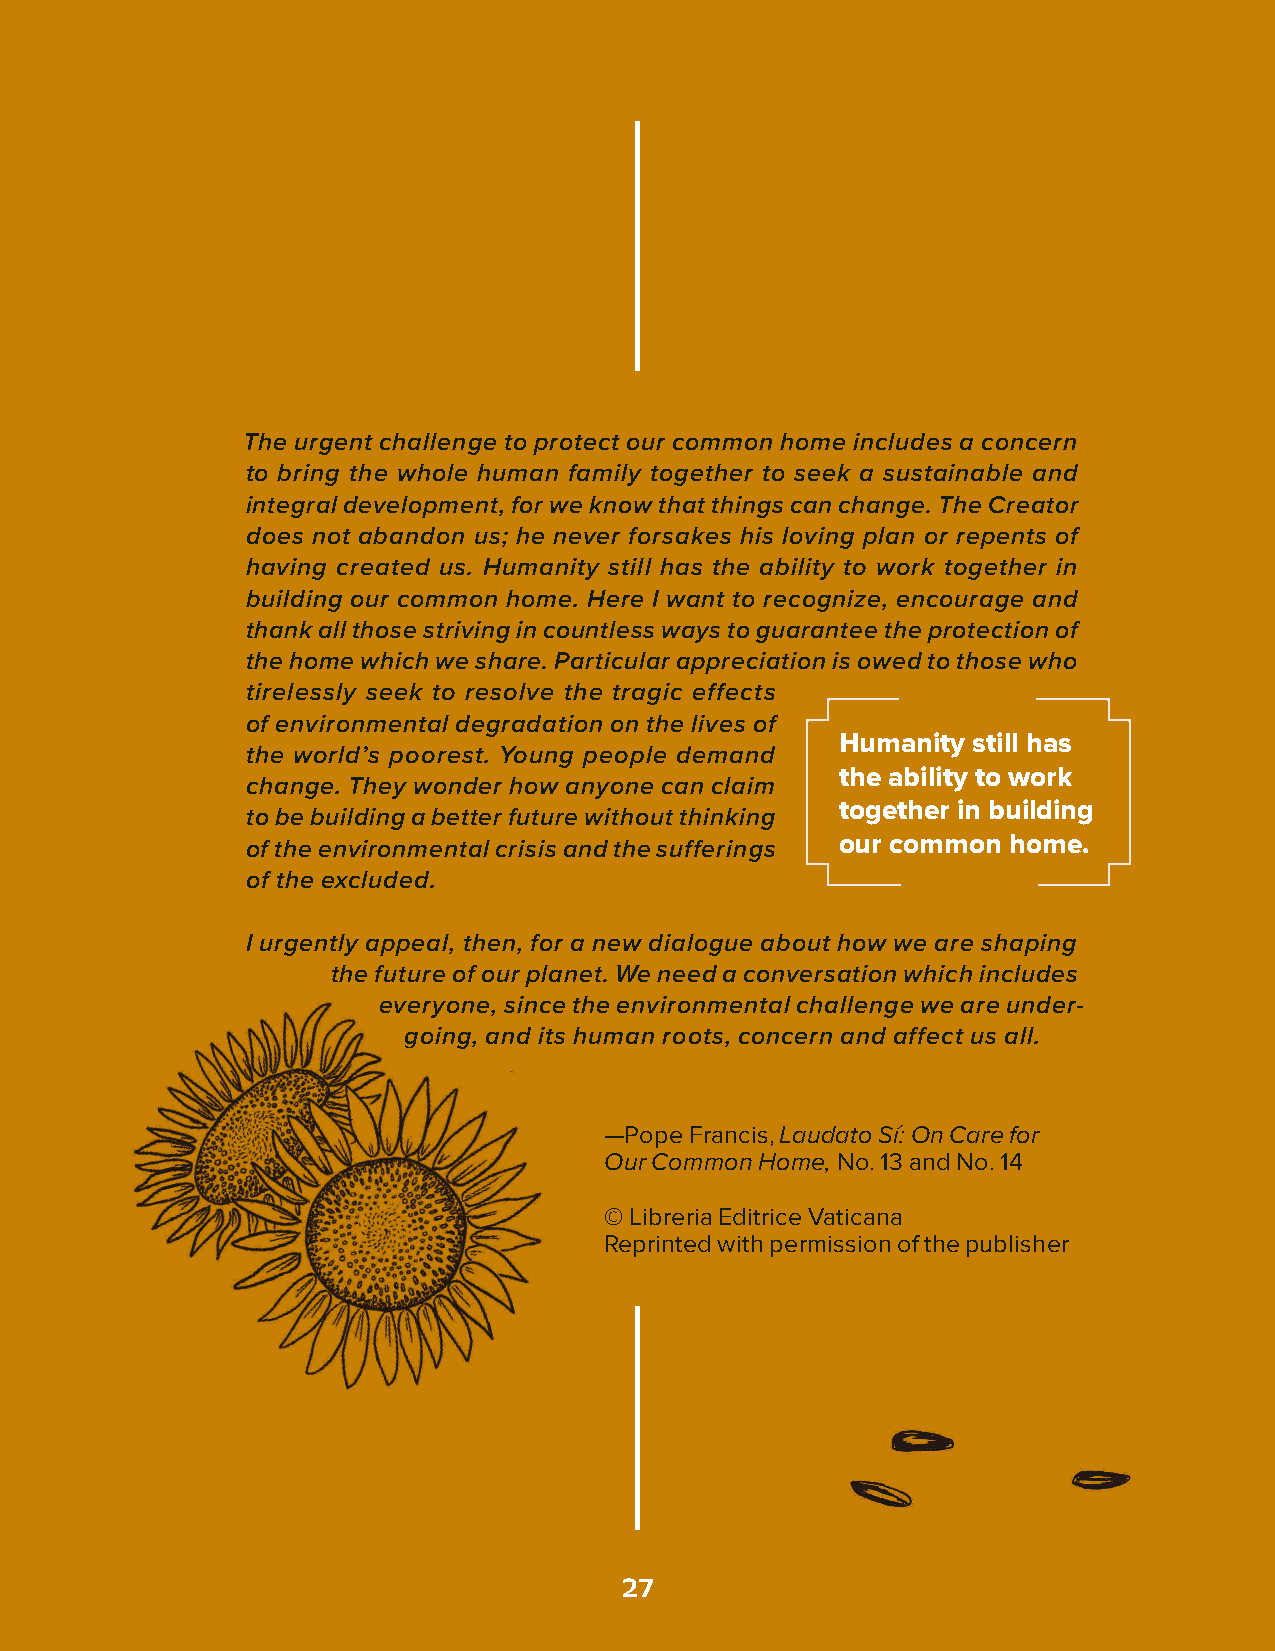
The urgent challenge to protect our common home includes a concern
 to bring the whole human family together to seek a sustainable and
 integral development, for we know that things can change. The Creator
 does not abandon us; he never forsakes his loving plan or repents of
 having created us. Humanity still has the ability to work together in
 building our common home. Here I want to recognize, encourage and
 thank all those striving in countless ways to guarantee the protection of
 the home which we share. Particular appreciation is owed to those who
 tirelessly seek to resolve the tragic effects
 of environmental degradation on the lives of
 Humanity still has
 the world’s poorest. Young people demand
 the ability to work
 change. They wonder how anyone can claim
 together in building
 to be building a better future without thinking
 our common home.
 of the environmental crisis and the sufferings
 of the excluded.
 I urgently appeal, then, for a new dialogue about how we are shaping
 the future of our planet. We need a conversation which includes
 everyone, since the environmental challenge we are under-
 going, and its human roots, concern and affect us all.
 —Pope Francis, Laudato Sí: On Care for
 Our Common Home, No. 13 and No. 14
 © Libreria Editrice Vaticana
 Reprinted with permission of the publisher
 27